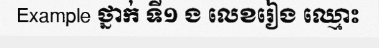
Example ថ្នាក់ ទី១ ង លេខរៀង ឈ្មោះ